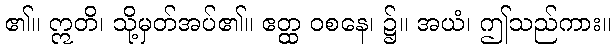
၏။ ဣတိ၊ သို့မှတ်အပ်၏။ ဧတ္ထ ဝစနေ၊ ၌။ အယံ၊ ဤသည်ကား။